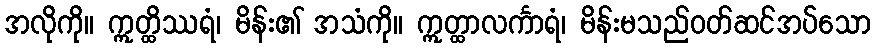
အလိုကို။ ဣတ္ထိဿရံ၊ မိန်း၏ အသံကို။ ဣတ္ထာလင်္ကာရံ၊ မိန်းမသည်ဝတ်ဆင်အပ်သော